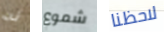
له شموع لاحظنا